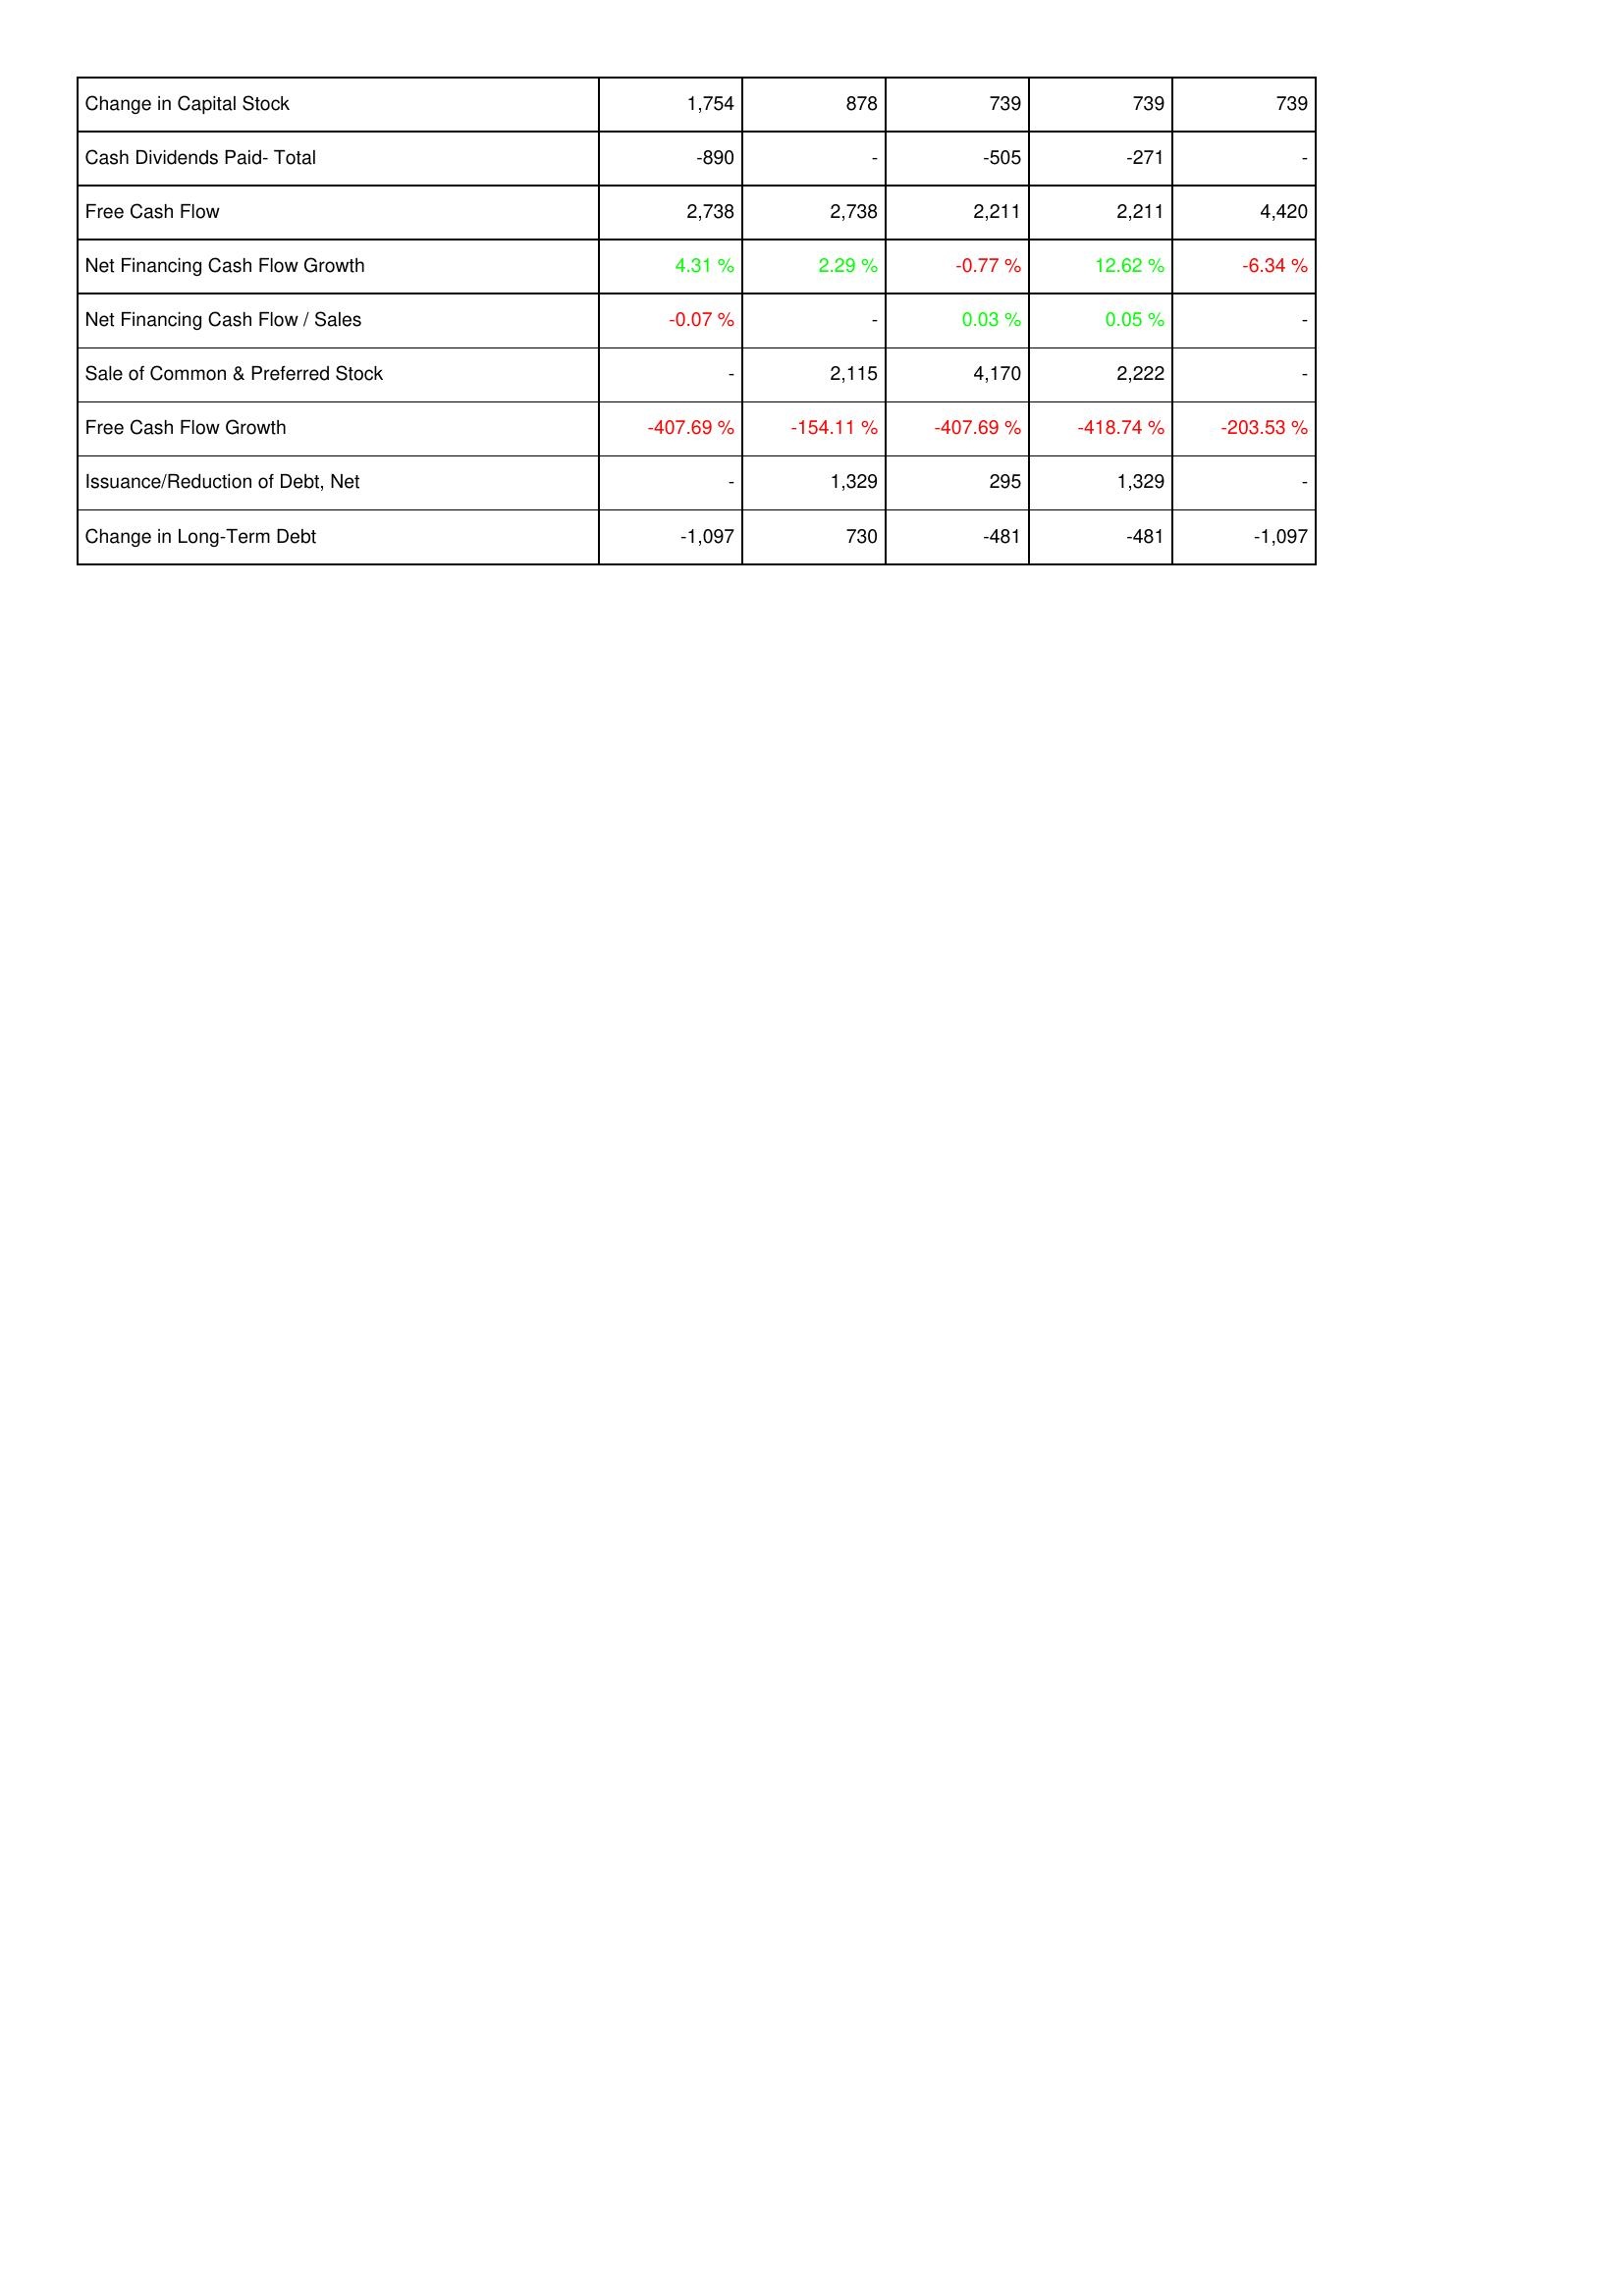
2009: Financing Activities: Change in Capital Stock: 1,754
Cash Dividends Paid- Total: -890
Free Cash Flow: 2,738
Net Financing Cash Flow Growth: 4.31 %
Net Financing Cash Flow / Sales: -0.07 %
Sale of Common & Preferred Stock: -
Free Cash Flow Growth: -407.69 %
Issuance/Reduction of Debt, Net: -
Change in Long-Term Debt: -1,097
2008: Financing Activities: Change in Capital Stock: 878
Cash Dividends Paid- Total: -
Free Cash Flow: 2,738
Net Financing Cash Flow Growth: 2.29 %
Net Financing Cash Flow / Sales: -
Sale of Common & Preferred Stock: 2,115
Free Cash Flow Growth: -154.11 %
Issuance/Reduction of Debt, Net: 1,329
Change in Long-Term Debt: 730
2007: Financing Activities: Change in Capital Stock: 739
Cash Dividends Paid- Total: -505
Free Cash Flow: 2,211
Net Financing Cash Flow Growth: -0.77 %
Net Financing Cash Flow / Sales: 0.03 %
Sale of Common & Preferred Stock: 4,170
Free Cash Flow Growth: -407.69 %
Issuance/Reduction of Debt, Net: 295
Change in Long-Term Debt: -481
2006: Financing Activities: Change in Capital Stock: 739
Cash Dividends Paid- Total: -271
Free Cash Flow: 2,211
Net Financing Cash Flow Growth: 12.62 %
Net Financing Cash Flow / Sales: 0.05 %
Sale of Common & Preferred Stock: 2,222
Free Cash Flow Growth: -418.74 %
Issuance/Reduction of Debt, Net: 1,329
Change in Long-Term Debt: -481
2005: Financing Activities: Change in Capital Stock: 739
Cash Dividends Paid- Total: -
Free Cash Flow: 4,420
Net Financing Cash Flow Growth: -6.34 %
Net Financing Cash Flow / Sales: -
Sale of Common & Preferred Stock: -
Free Cash Flow Growth: -203.53 %
Issuance/Reduction of Debt, Net: -
Change in Long-Term Debt: -1,097